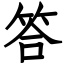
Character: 答